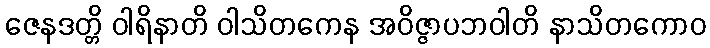
ဇေနဒတ္တိ ဝါရိနာတိ ဝါသိတကေန အဝိဇ္ဇာပဘဝါတိ နာသိတကောဝ